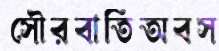
সৌরবাতিঅবস